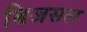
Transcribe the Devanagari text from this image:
बिजसल